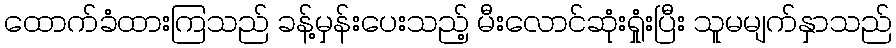
ထောက်ခံထားကြသည် ခန့်မှန်းပေးသည့် မီးလောင်ဆုံးရှုံးပြီး သူမမျက်နှာသည်